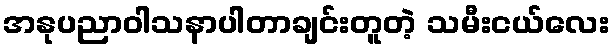
အနုပညာဝါသနာပါတာချင်းတူတဲ့ သမီးငယ်လေး